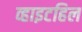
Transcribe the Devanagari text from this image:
व्हाइटहिल